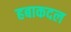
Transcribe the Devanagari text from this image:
हबाकदल